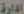
الدارة